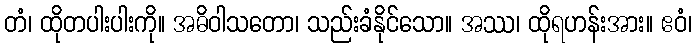
တံ၊ ထိုတပါးပါးကို။ အဓိဝါသတော၊ သည်းခံနိုင်သော။ အဿ၊ ထိုရဟန်းအား။ ဧဝံ၊